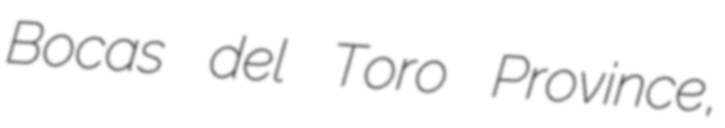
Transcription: Bocas del Toro Province,